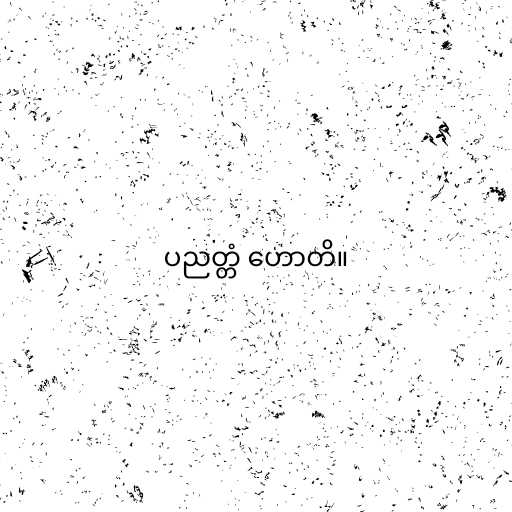
ပညတ္တံ ဟောတိ။